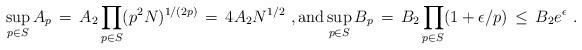
LaTeX: \begin{align*} \sup_{p \in S} A_p \,=\, A_2 \prod_{p \in S}(p^2 N)^{1/(2p)} \,=\, 4A_2 N^{1/2}~, \hbox{and} \sup_{p \in S} B_p \,=\, B_2 \prod_{p \in S}(1+\epsilon/p) \,\le\, B_2 e^\epsilon~.\end{align*}